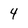
Character: 4